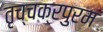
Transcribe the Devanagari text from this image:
तृच्चक्रपुरम